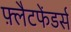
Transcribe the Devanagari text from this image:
फ़्लैटफेंडर्स